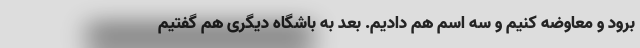
برود و معاوضه کنیم و سه اسم هم دادیم. بعد به باشگاه دیگری هم گفتیم